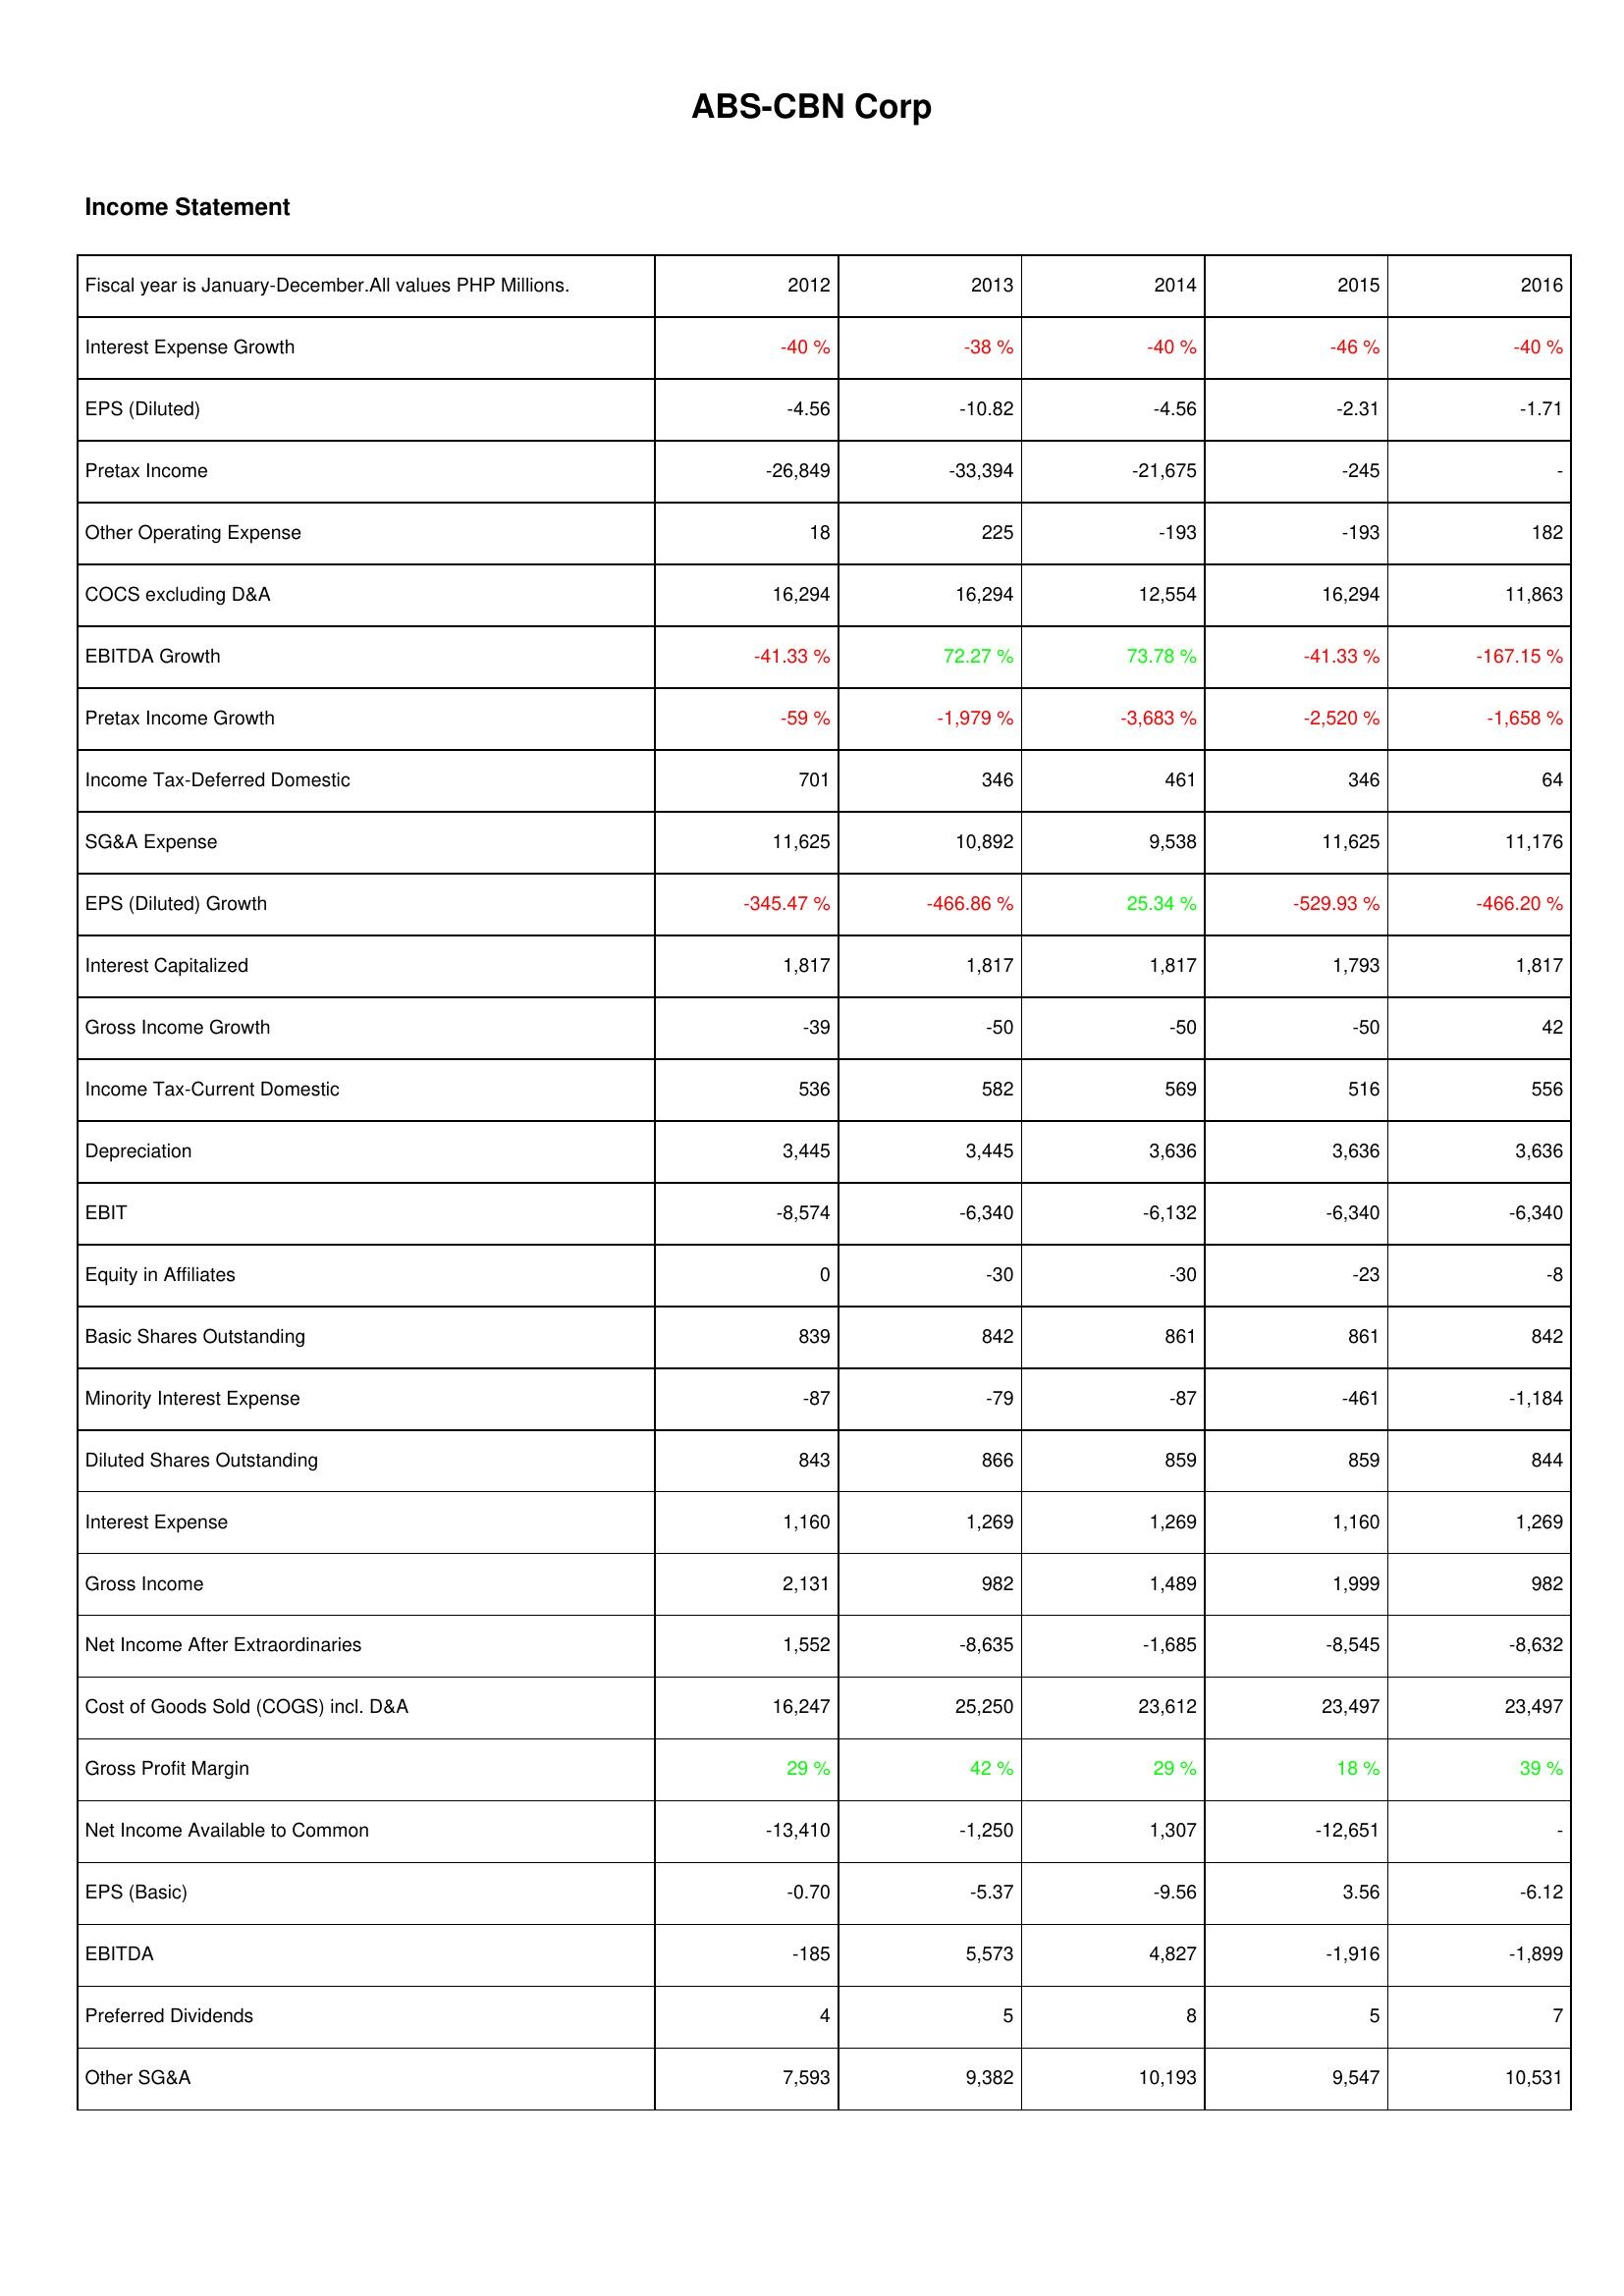
2012: Income Statement: Interest Expense Growth: -40 %
EPS (Diluted): -4.56
Pretax Income: -26,849
Other Operating Expense: 18
COCS excluding D&A: 16,294
EBITDA Growth: -41.33 %
Pretax Income Growth: -59 %
Income Tax-Deferred Domestic: 701
SG&A Expense: 11,625
EPS (Diluted) Growth: -345.47 %
Interest Capitalized: 1,817
Gross Income Growth: -39
Income Tax-Current Domestic: 536
Depreciation: 3,445
EBIT: -8,574
Equity in Affiliates: 0
Basic Shares Outstanding: 839
Minority Interest Expense: -87
Diluted Shares Outstanding: 843
Interest Expense: 1,160
Gross Income: 2,131
Net Income After Extraordinaries: 1,552
Cost of Goods Sold (COGS) incl. D&A: 16,247
Gross Profit Margin: 29 %
Net Income Available to Common: -13,410
EPS (Basic): -0.70
EBITDA: -185
Preferred Dividends: 4
Other SG&A: 7,593
2013: Income Statement: Interest Expense Growth: -38 %
EPS (Diluted): -10.82
Pretax Income: -33,394
Other Operating Expense: 225
COCS excluding D&A: 16,294
EBITDA Growth: 72.27 %
Pretax Income Growth: -1,979 %
Income Tax-Deferred Domestic: 346
SG&A Expense: 10,892
EPS (Diluted) Growth: -466.86 %
Interest Capitalized: 1,817
Gross Income Growth: -50
Income Tax-Current Domestic: 582
Depreciation: 3,445
EBIT: -6,340
Equity in Affiliates: -30
Basic Shares Outstanding: 842
Minority Interest Expense: -79
Diluted Shares Outstanding: 866
Interest Expense: 1,269
Gross Income: 982
Net Income After Extraordinaries: -8,635
Cost of Goods Sold (COGS) incl. D&A: 25,250
Gross Profit Margin: 42 %
Net Income Available to Common: -1,250
EPS (Basic): -5.37
EBITDA: 5,573
Preferred Dividends: 5
Other SG&A: 9,382
2014: Income Statement: Interest Expense Growth: -40 %
EPS (Diluted): -4.56
Pretax Income: -21,675
Other Operating Expense: -193
COCS excluding D&A: 12,554
EBITDA Growth: 73.78 %
Pretax Income Growth: -3,683 %
Income Tax-Deferred Domestic: 461
SG&A Expense: 9,538
EPS (Diluted) Growth: 25.34 %
Interest Capitalized: 1,817
Gross Income Growth: -50
Income Tax-Current Domestic: 569
Depreciation: 3,636
EBIT: -6,132
Equity in Affiliates: -30
Basic Shares Outstanding: 861
Minority Interest Expense: -87
Diluted Shares Outstanding: 859
Interest Expense: 1,269
Gross Income: 1,489
Net Income After Extraordinaries: -1,685
Cost of Goods Sold (COGS) incl. D&A: 23,612
Gross Profit Margin: 29 %
Net Income Available to Common: 1,307
EPS (Basic): -9.56
EBITDA: 4,827
Preferred Dividends: 8
Other SG&A: 10,193
2015: Income Statement: Interest Expense Growth: -46 %
EPS (Diluted): -2.31
Pretax Income: -245
Other Operating Expense: -193
COCS excluding D&A: 16,294
EBITDA Growth: -41.33 %
Pretax Income Growth: -2,520 %
Income Tax-Deferred Domestic: 346
SG&A Expense: 11,625
EPS (Diluted) Growth: -529.93 %
Interest Capitalized: 1,793
Gross Income Growth: -50
Income Tax-Current Domestic: 516
Depreciation: 3,636
EBIT: -6,340
Equity in Affiliates: -23
Basic Shares Outstanding: 861
Minority Interest Expense: -461
Diluted Shares Outstanding: 859
Interest Expense: 1,160
Gross Income: 1,999
Net Income After Extraordinaries: -8,545
Cost of Goods Sold (COGS) incl. D&A: 23,497
Gross Profit Margin: 18 %
Net Income Available to Common: -12,651
EPS (Basic): 3.56
EBITDA: -1,916
Preferred Dividends: 5
Other SG&A: 9,547
2016: Income Statement: Interest Expense Growth: -40 %
EPS (Diluted): -1.71
Pretax Income: -
Other Operating Expense: 182
COCS excluding D&A: 11,863
EBITDA Growth: -167.15 %
Pretax Income Growth: -1,658 %
Income Tax-Deferred Domestic: 64
SG&A Expense: 11,176
EPS (Diluted) Growth: -466.20 %
Interest Capitalized: 1,817
Gross Income Growth: 42
Income Tax-Current Domestic: 556
Depreciation: 3,636
EBIT: -6,340
Equity in Affiliates: -8
Basic Shares Outstanding: 842
Minority Interest Expense: -1,184
Diluted Shares Outstanding: 844
Interest Expense: 1,269
Gross Income: 982
Net Income After Extraordinaries: -8,632
Cost of Goods Sold (COGS) incl. D&A: 23,497
Gross Profit Margin: 39 %
Net Income Available to Common: -
EPS (Basic): -6.12
EBITDA: -1,899
Preferred Dividends: 7
Other SG&A: 10,531